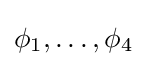
\phi _{1},\ldots ,\phi _{4}